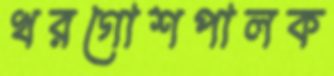
খরগোশপালক